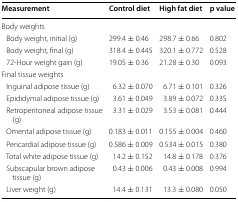
| Measurement | Control diet | High fat diet | p value |
 | --- | --- | --- | --- |
 | <COLSPAN=4> Body weights |
 | Body weight, initial (g) | 299.4 ± 0.46 | 298.7 ± 0.66 | 0.802 |
 | Body weight, final (g) | 318.4 ± 0.445 | 320.1 ± 0.772 | 0.528 |
 | 72-Hour weight gain (g) | 19.05 ± 0.36 | 21.28 ± 0.30 | 0.093 |
 | <COLSPAN=4> Final tissue weights |
 | Inguinal adipose tissue (g) | 6.32 ± 0.070 | 6.71 ± 0.101 | 0.326 |
 | Epididymal adipose tissue (g) | 3.61 ± 0.049 | 3.89 ± 0.072 | 0.335 |
 | Retroperitoneal adipose tissue (g) | 3.31 ± 0.029 | 3.53 ± 0.081 | 0.444 |
 | Omental adipose tissue (g) | 0.183 ± 0.011 | 0.155 ± 0.004 | 0.460 |
 | Pericardial adipose tissue (g) | 0.586 ± 0.009 | 0.534 ± 0.015 | 0.380 |
 | Total white adipose tissue (g) | 14.2 ± 0.152 | 14.8 ± 0.178 | 0.376 |
 | Subscapular brown adipose tissue (g) | 0.43 ± 0.006 | 0.43 ± 0.008 | 0.994 |
 | Liver weight (g) | 14.4 ± 0.131 | 13.3 ± 0.080 | 0.050 |